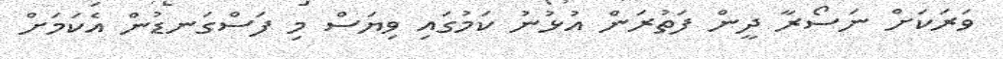
ވަރަކަށް ނަސޯރާ ދީން ފަތުރަން އުޅުނު ކަމުގައި ވިޔަސް މި ފަސްގަނޑުން އެކަމަށް